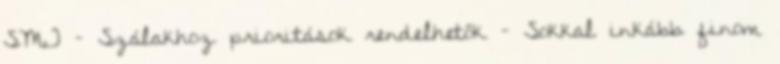
SMT – Szálakhoz prioritások rendelhetők – Sokkal inkább finom